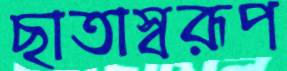
ছাতাস্বরূপ